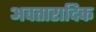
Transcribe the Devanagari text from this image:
अवतारादिक